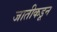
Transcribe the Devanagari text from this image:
जातीकडून